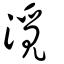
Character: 漞